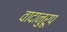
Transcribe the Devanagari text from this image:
वादानुरूप